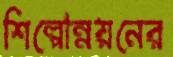
শিল্পোন্নয়নের